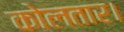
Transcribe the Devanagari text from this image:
कोलतार।